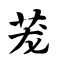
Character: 茏